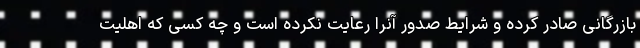
بازرگانی صادر کرده و شرایط صدور آنرا رعایت نکرده است و چه کسی که اهلیت